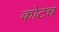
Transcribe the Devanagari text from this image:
कोटच